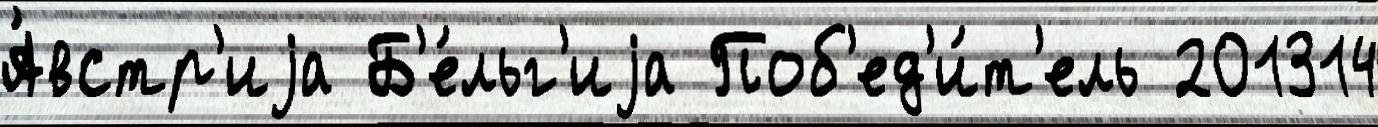
А́встр'иjа Б'е́льг'иjа Поб'ед'и́т'ель 201314